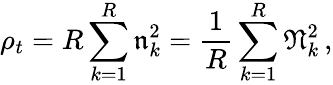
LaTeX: \rho_{t}=R\sum_{k=1}^{R}\mathfrak{n}_{k}^{2}=\frac 1R\sum_{k=1}^{R}\mathfrak{N}_{k}^{2}\, ,